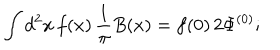
LaTeX: \int d ^ { 2 } x \, f ( x ) \, { \frac { 1 } { \pi } } B ( x ) = f ( 0 ) \, 2 \Phi ^ { ( 0 ) } ;